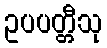
ဥပပတ္တီသု